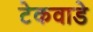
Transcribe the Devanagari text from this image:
टेकवाडे